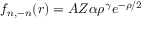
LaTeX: f _ { n , - n } ( r ) = A Z \alpha \rho ^ { \gamma } e ^ { - \rho / 2 }